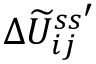
\Delta \widetilde U _ { i j } ^ { s s ^ { \prime } }